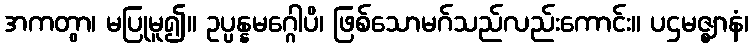
အကတွာ၊ မပြုမူ၍။ ဥပ္ပန္နမဂ္ဂေါပိ၊ ဖြစ်သောမဂ်သည်လည်းကောင်း။ ပဌမဇ္ဈာနံ၊